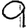
Digit: 9